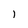
Character: l